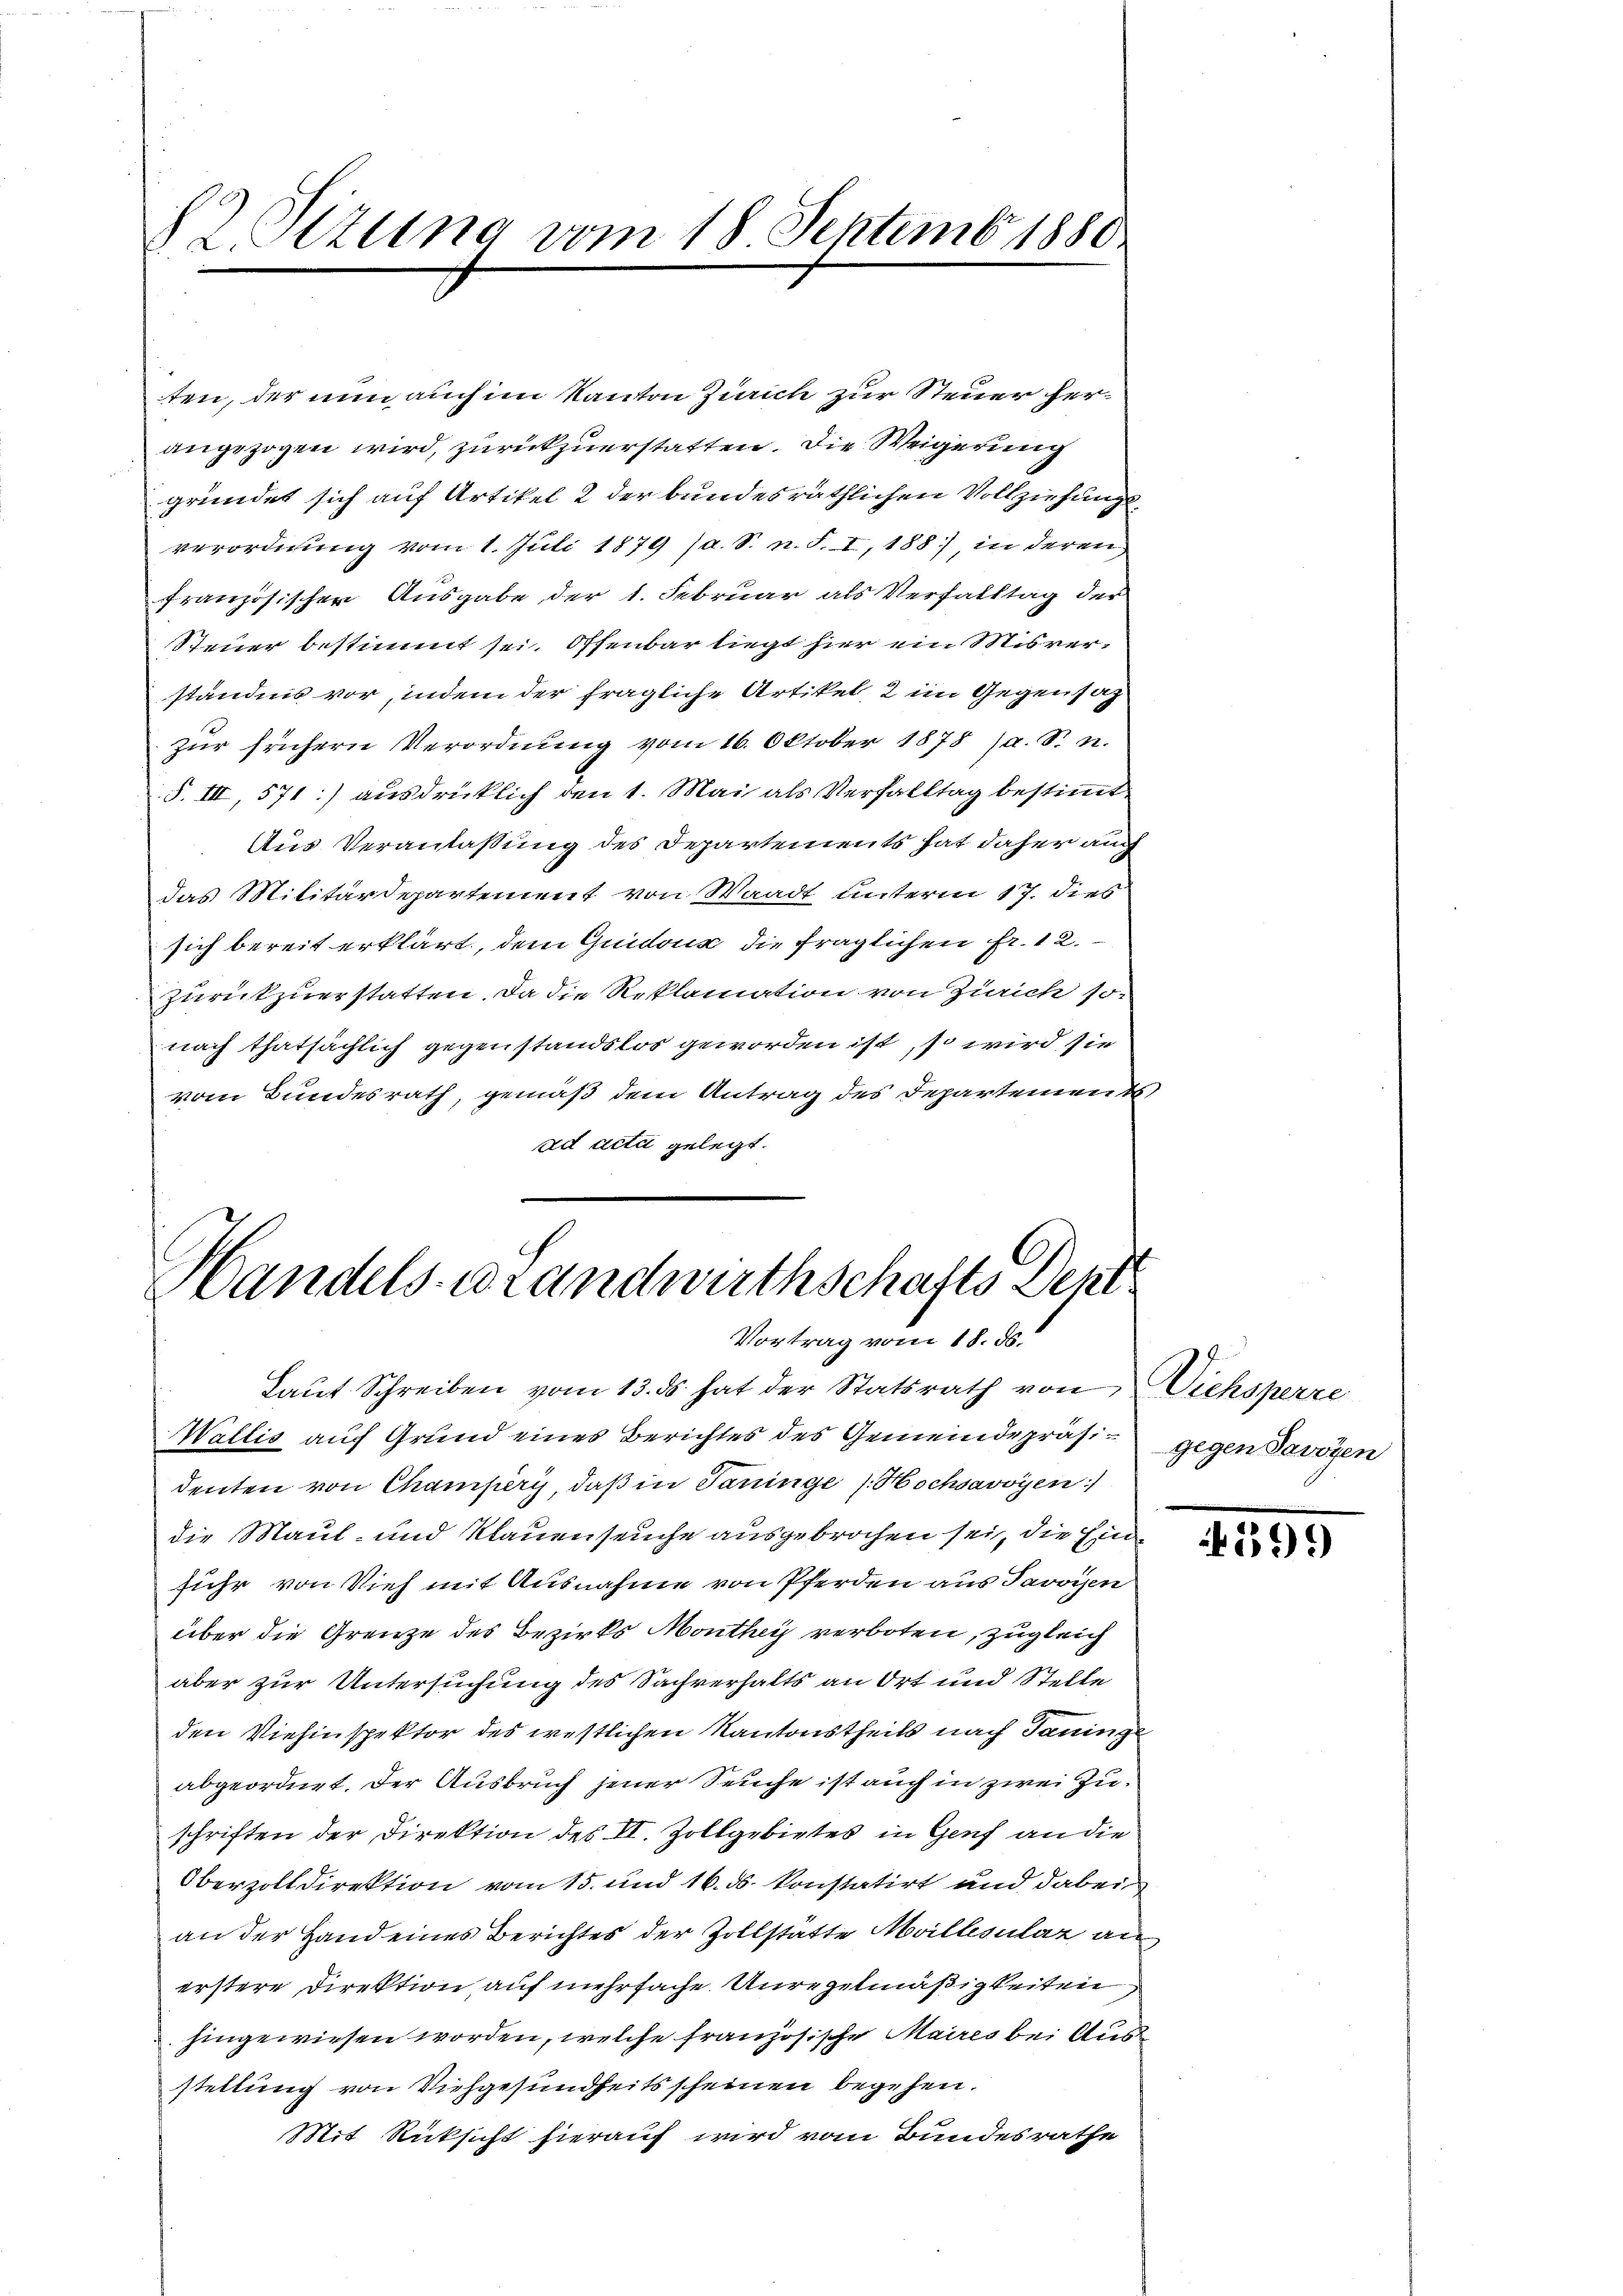
12 Sizung vom 18 Septemb. 1880

ten, der nun auch im Kanton Zürich zur Steuer herangezogen wird, zurückzuerstatten. Die Weigerung
gründet sich auf Artikel 2 der bundesräthlichen Vollziehungsverordnung vom 1. Juli 1879 (a. S. n. F. I, 188), in deren,
französischer Ausgabe der 1. Februar als Verfalltag der
Steuer bestimmt sei. Offenbar liegt hier ein Misverständnis vor, indem der fragliche Artikel, 2 im Gegensat
zur frühern Verordnung vom 16. Oktober 1878 (a. S. n.
S. III, 571:] ausdrücklich den 1. Mai als Verfalltag bestimmt
Aus Veranlassung des Departements hat daher auch
das Militärdepartement von Waadt unterm 17. dies
sich bereit erklärt, dem Guidone die fraglichen Fr. 12.
Zurückzuerstatten. Da die Reklamation von Zürich so-
nach thatsächlich gegenstandslos geworden ist, so wird sie
vom Bundesrath, gemäß dem Antrag des Departement
ad acta gelegt.

Handels-Brandwirthschafts Dekl
Vortrag vom 18. ds.
Laut Schreiben vom 13. ds hat der Statsrath von Viehsperre

Wallis auf Grund eines Berichtes des Gemeindepräsidenten von Champery, daß in Saninge / Hochsavoyen
die Maul- und Klauenseuche ausgebrochen sei, die Einfuhr von Vieh mit Ausnahme von Pferden aus Javoisen
über die Grenze des Bezirks Monthey verboten, zugleich
aber zur Untersuchung des Sachverhalts an Ort und Stelle
den Viehinspektor des westlichen Kantonstheils nach Janinge
abgeordnet. Der Ausbruch jener Seuche ist auch in zwei Zuschriften der Direktion des II. Zollgebietes in Genf an die
Oberzolldirektion vom 15. und 16. ds. konstatirt und dabei
an der Hand eines Berichtes der Zollstatte Mollisulat an
erstere Direktion auf mehrfache Unregelmäßigkeiten
hingewiesen worden, welche französische Maires bei Aus
stellung von Viehgesundheitsscheinen begehen.
Mit Rücksicht hierauf wird vom Bundesrathe

gegen Savoyen

1399